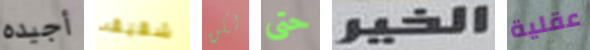
أجيده شقيقه لكن حتى الخير عقلية